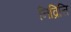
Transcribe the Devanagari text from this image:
निव्रित्ति